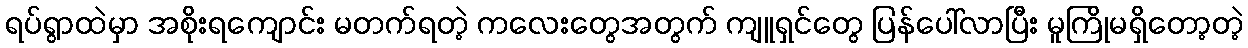
ရပ်ရွာထဲမှာ အစိုးရကျောင်း မတက်ရတဲ့ ကလေးတွေအတွက် ကျူရှင်တွေ ပြန်ပေါ်လာပြီး မူကြိုမရှိတော့တဲ့